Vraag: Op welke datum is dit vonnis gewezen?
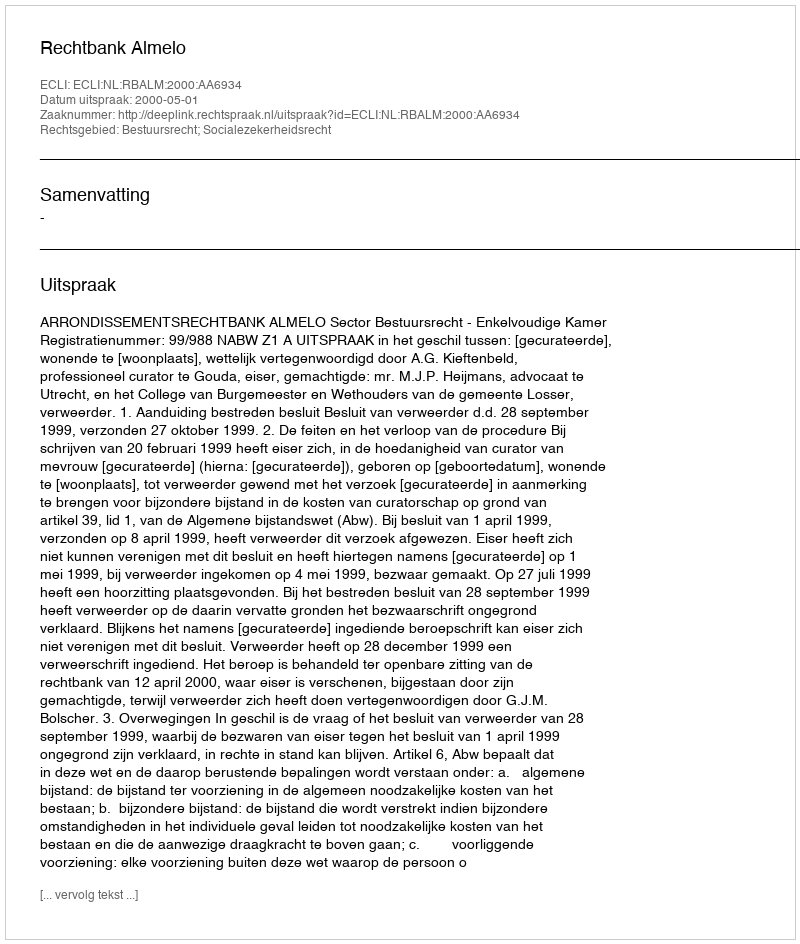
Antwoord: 2000-05-01